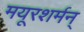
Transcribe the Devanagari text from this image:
मयूरशर्मन्